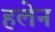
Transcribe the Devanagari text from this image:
हलेन